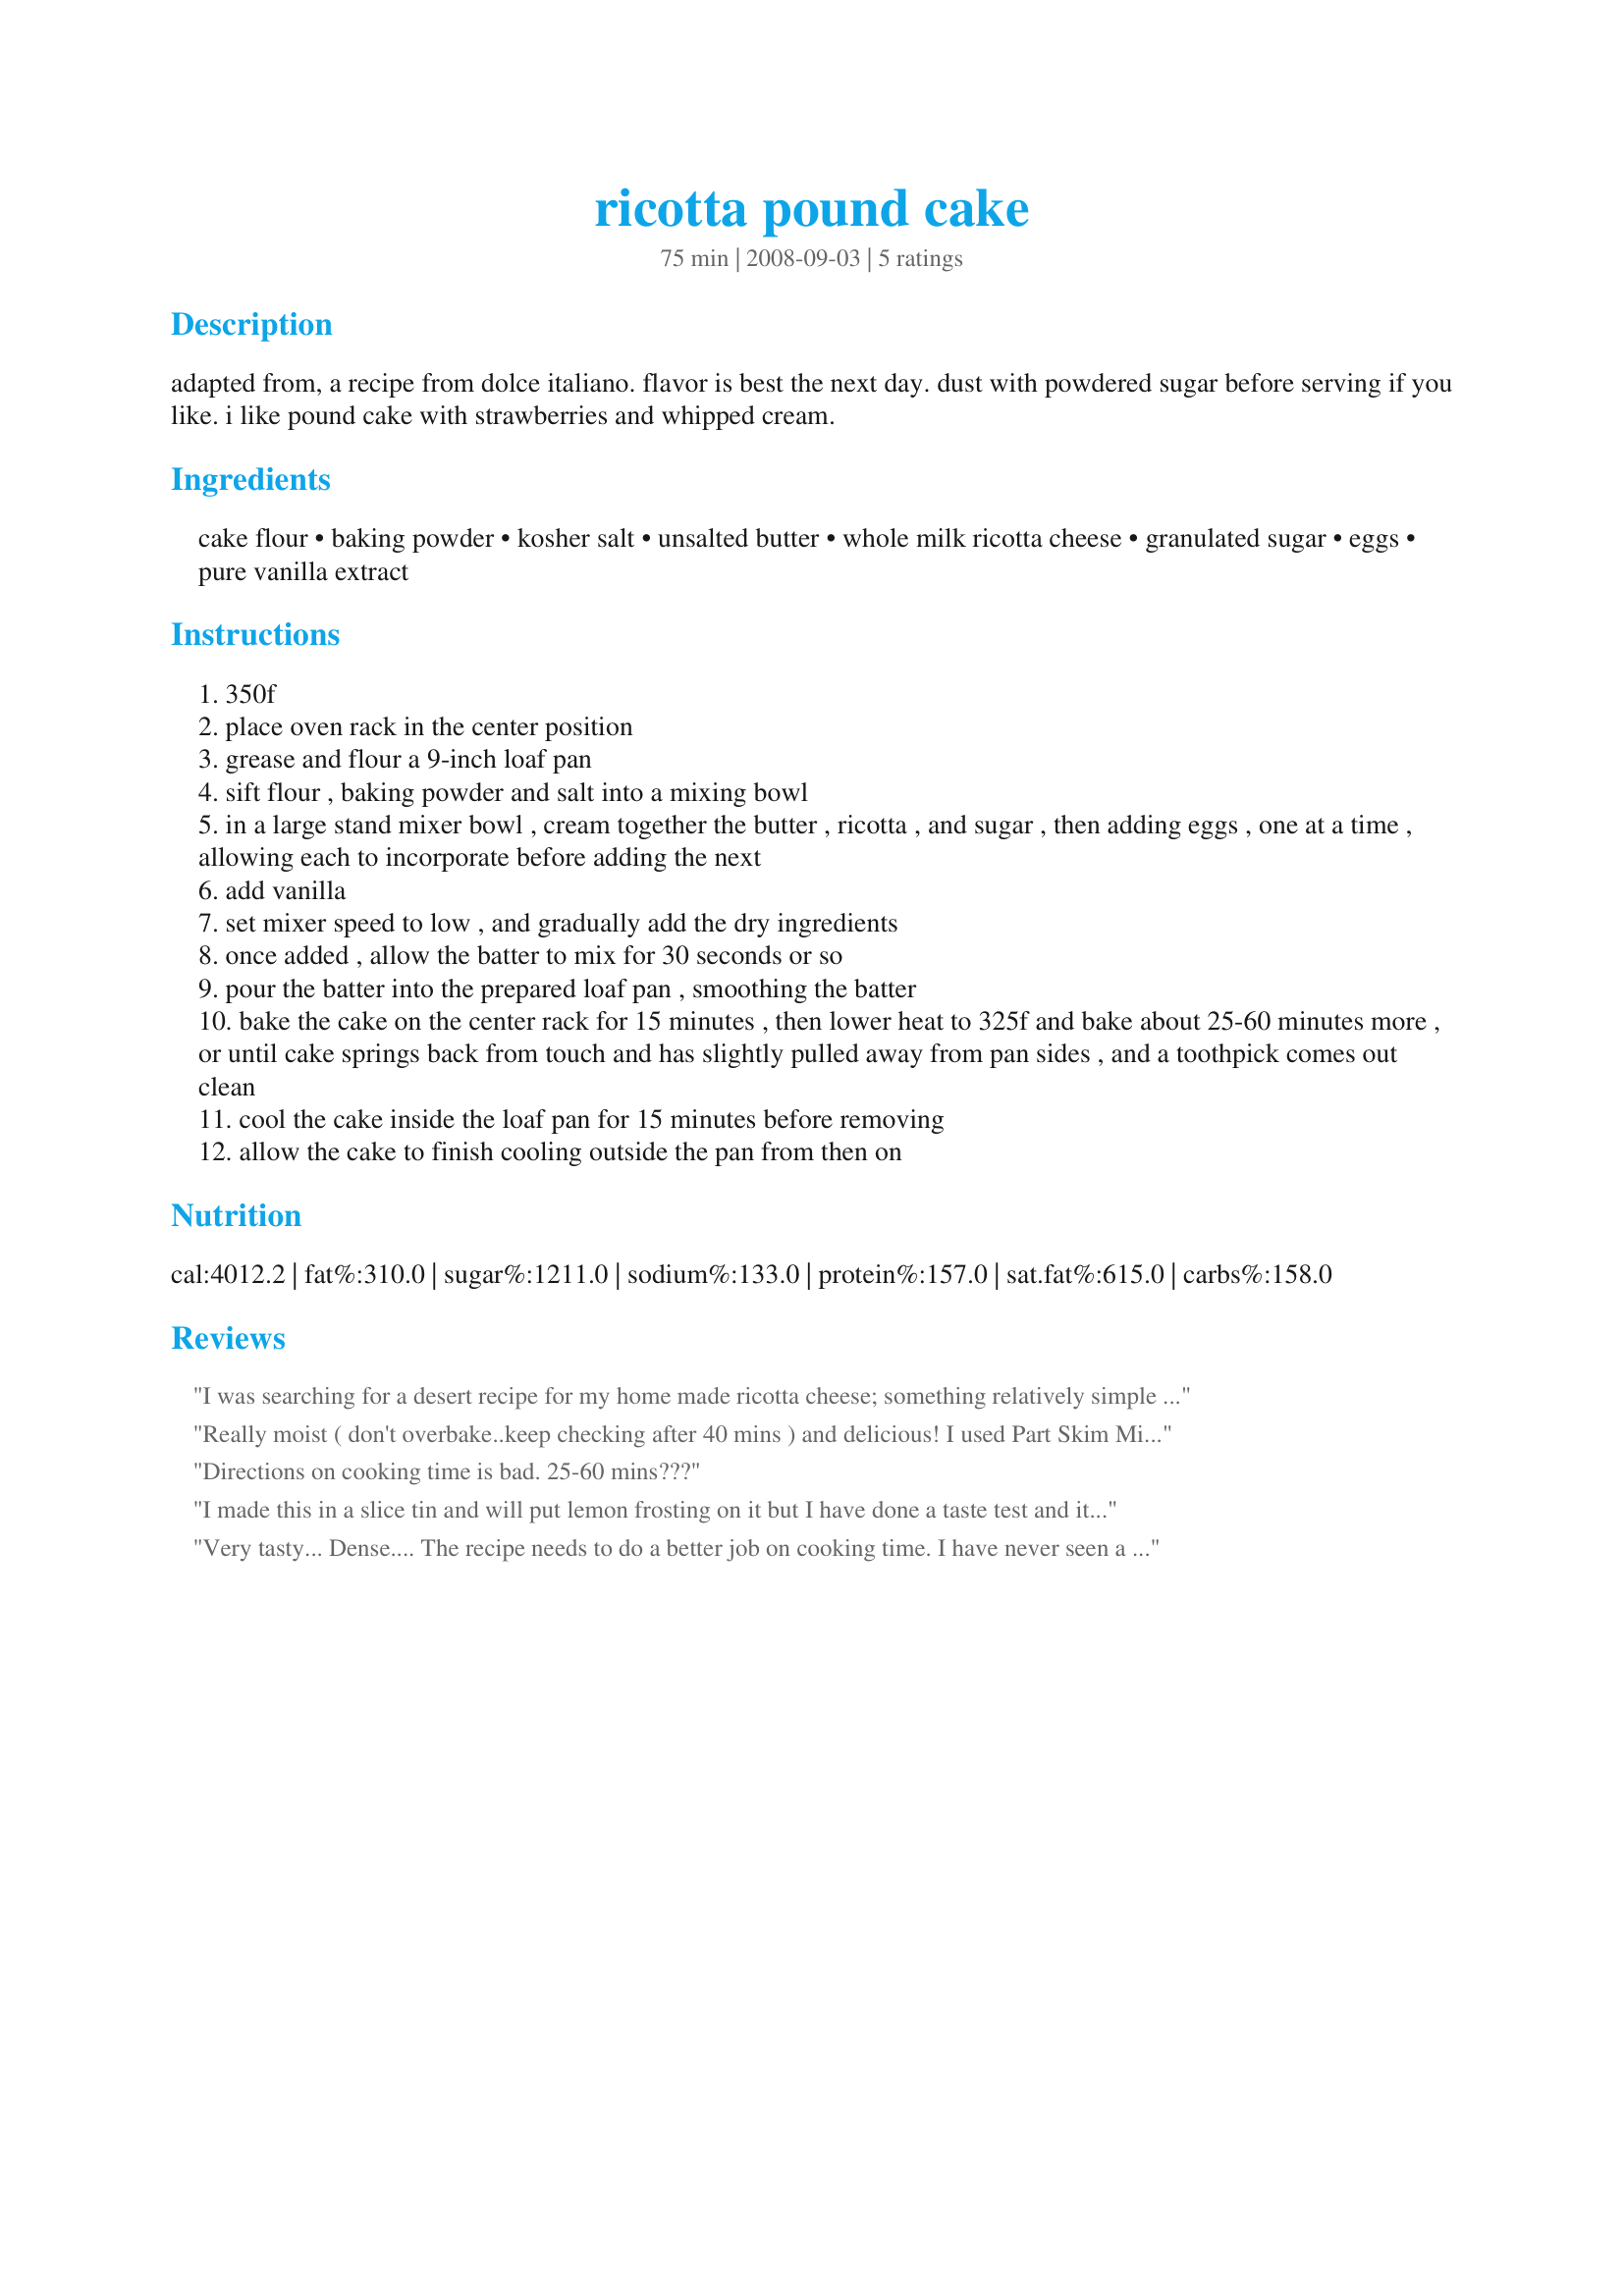
ricotta pound cake
Preparation time: 75 minutes

adapted from, a recipe from dolce italiano. flavor is best the next day. dust with powdered sugar before serving if you like. i like pound cake with strawberries and whipped cream.

Ingredients:
cake flour, baking powder, kosher salt, unsalted butter, whole milk ricotta cheese, granulated sugar, eggs, pure vanilla extract

Steps:
350f
place oven rack in the center position
grease and flour a 9-inch loaf pan
sift flour , baking powder and salt into a mixing bowl
in a large stand mixer bowl , cream together the butter , ricotta , and sugar , then adding eggs , one at a time , allowing each to incorporate before adding the next
add vanilla
set mixer speed to low , and gradually add the dry ingredients
once added , allow the batter to mix for 30 seconds or so
pour the batter into the prepared loaf pan , smoothing the batter
bake the cake on the center rack for 15 minutes , then lower heat to 325f and bake about 25-60 minutes more , or until cake springs back from touch and has slightly pulled away from pan sides , and a toothpick comes out clean
cool the cake inside the loaf pan for 15 minutes before removing
allow the cake to finish cooling outside the pan from then on

Reviews:
I was searching for a desert recipe for my home made ricotta cheese; something relatively simple that I could make with ingredients that I had on hand. So I came to food.com and found this absolute GEM! Seriously, this recipe yielded the best pound cake EVER! It was so good, in fact, that I couldn't resist the urge to pour myself a cold glass of milk to go along the cake. I've not felt the need to do that since I was about 10 years old. I don't know if it was my fresh ricotta or the Madagascar Bourbon Vanilla that I used but either way it was amazing. The fact that it required so few ingredients and such ease to prepare just put this recipe over the moon. The only tricky part was the baking. But as the recipe stated very clearly the length of time was dependent upon how much moisture was in the ricotta. In the future I will make sure to drain my ricotta well.
Really moist ( don't overbake..keep checking after 40 mins ) and delicious! I used Part Skim Milk Ricotta because I couldn't find the whole milk variety ( I live on Maui, so we take what we can get! ) but it was still very rich and moist. Also, I used salted butter, but omited 1/2 teaspoon of the salt.
Directions on cooking time is bad. 25-60 mins???
I made this in a slice tin and will put lemon frosting on it but I have done a taste test and it is soft and moist - so good in fact it may not last long enough for me to frost. It is actually beautiful as a warm cake and could be jazzed up in any way to make a fab dessert . Great way to use up ricotta too.
Very tasty... Dense.... The recipe needs to do a better job on cooking time. I have never seen a recipe with the cooking time more confusion. If this was tightened up I would make it again BUT at this time I can not recommend this recipe. I would suggest you look at other reviews because they gave it 5 stars which is impressive
